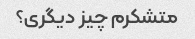
متشکرم چیز دیگری؟